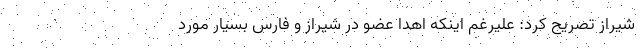
شیراز تصریح کرد: علیرغم اینکه اهدا عضو در شیراز و فارس بسیار مورد